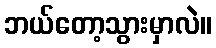
ဘယ်တော့သွားမှာလဲ။